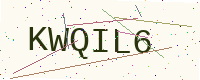
Text: KWQIL6